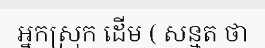
អ្នកស្រុក ដើម ( សន្មត ថា